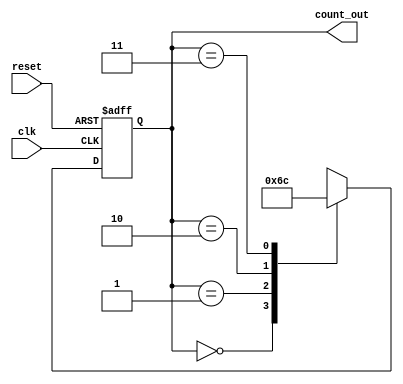

module fsm_binary_counter (
    input wire clk,    
    input wire reset, 
    output reg [1:0] count_out 
);
parameter S0 = 2'b00;
parameter S1 = 2'b01;
parameter S2 = 2'b10;
parameter S3 = 2'b11;
reg [1:0] state_reg;
always @(*) begin
    count_out = state_reg;
end
always @(posedge clk or posedge reset) begin
    if (reset) begin
        state_reg <= S0; 
    end else begin
        case (state_reg)
            S0: state_reg <= S1;
            S1: state_reg <= S2; 
            S2: state_reg <= S3; 
            S3: state_reg <= S0; 
            default: state_reg <= S0; 
        endcase
    end
end

endmodule